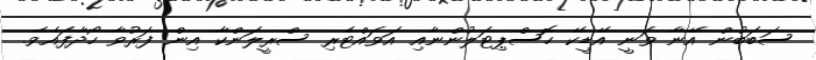
ސަބަބުން އޭނާ ވަނީ އޭޑީކޭ ހޮސްޕިޓަލުންނާއި އަވައްޓެރި ސްރީލަންކާ އިން ފަރުވާ ހޯދާފައެވެ.